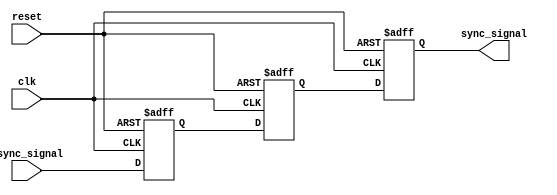
module triple_ff_synchronizer (
    input wire async_signal,  // Asynchronous input signal
    input wire clk,           // Clock signal from the receiving clock domain
    input wire reset,         // Optional reset signal
    output reg sync_signal    // Synchronized output signal
);

    // Internal flip-flops
    reg ff1, ff2; // Intermediate flip-flops

    // Always block for the flip-flops
    always @(posedge clk or posedge reset) begin
        if (reset) begin
            ff1 <= 1'b0;  // Reset FF1 to known state
            ff2 <= 1'b0;  // Reset FF2 to known state
            sync_signal <= 1'b0; // Reset output signal to known state
        end else begin
            ff1 <= async_signal; // Sample async_signal into FF1
            ff2 <= ff1;          // Sample FF1 output into FF2
            sync_signal <= ff2;  // Output FF2 to sync_signal
        end
    end

endmodule